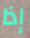
إذا